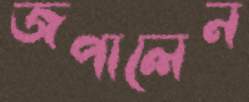
জপালেন